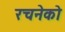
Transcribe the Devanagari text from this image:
रचनेको